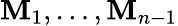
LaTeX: \mathbf{M}_{1},\ldots,\mathbf{M}_{n-1}